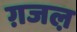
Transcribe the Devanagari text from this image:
ग़जल़